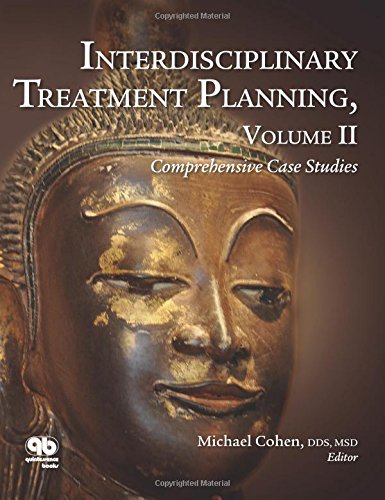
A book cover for Interdisciplinary Treatment Planning: Comprehensive Case Studies; Michael Cohen; Medical Books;